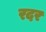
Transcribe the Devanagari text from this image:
रदर